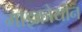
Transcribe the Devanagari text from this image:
माइक्रोयोन